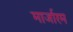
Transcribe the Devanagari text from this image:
मार्जारम